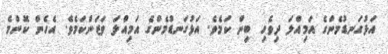
އަޅުގަނޑުމެންގެ އަމިއްލަ ދިވެހި ބިން ކަމެވެ. އަޅުގަނޑުމެންގެ އަމިއްލަ ވަޒަންކަމެވެ. އެހެން ކޮންމެ